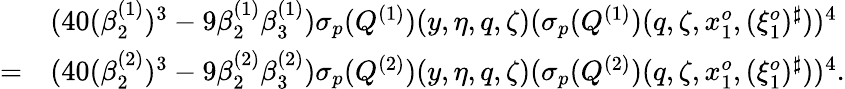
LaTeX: \begin{array}{rl}&{(40(\beta_{2}^{(1)})^{3}-9\beta_{2}^{(1)}\beta_{3}^{(1)}){{\sigma_{p}}}(Q^{(1)})(y,\eta,q,\zeta)({{\sigma_{p}}}(Q^{(1)})(q,\zeta,x_{1}^{o},(\xi_{1}^{o})^{\sharp}))^{4}}\\ {=}&{(40(\beta_{2}^{(2)})^{3}-9\beta_{2}^{(2)}\beta_{3}^{(2)}){{\sigma_{p}}}(Q^{(2)})(y,\eta,q,\zeta)({{\sigma_{p}}}(Q^{(2)})(q,\zeta,x_{1}^{o},(\xi_{1}^{o})^{\sharp}))^{4}.}\end{array}